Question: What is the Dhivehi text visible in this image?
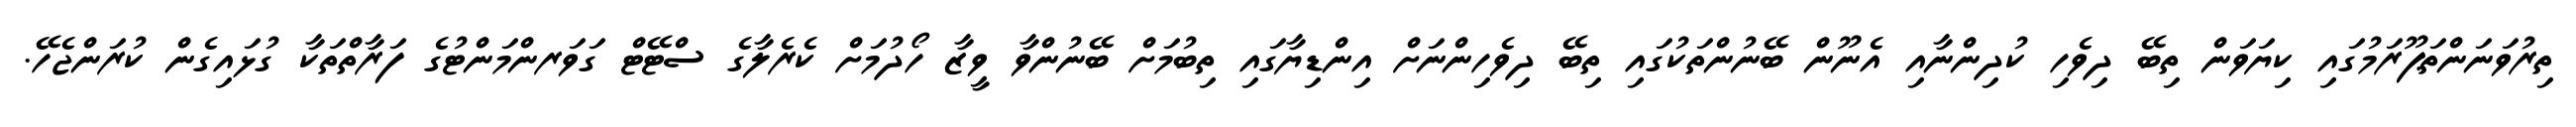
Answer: ތިރުވަނަންތަޕޫރަމުގައި ކިޔަވަން ތިބޭ ދިވެހި ކުދިންނާއި އެނޫން ބޭނުންތަކުގައި ތިބޭ ދިވެހިންނަށް އިންޑިޔާގައި ތިބުމަށް ބޭނުންވާ ވީޒާ ހޯދުމަށް ކެރެލާގެ ސްޓޭޓް ގަވަރންމަންޓުގެ ފަރާތްތަކާ ގުޅައިގެން ކުރަންޖެހޭ.